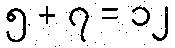
၅ + ၇ = ၁၂